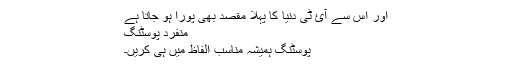
اور اس سے آئ ٹی دنیا کا پہلا مقصد بھی پورا ہو جاتا ہے
منفرد پوسٹنگ
پوسٹنگ ہمیشہ مناسب الفاظ میں ہی کریں۔